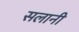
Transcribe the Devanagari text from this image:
सलानी